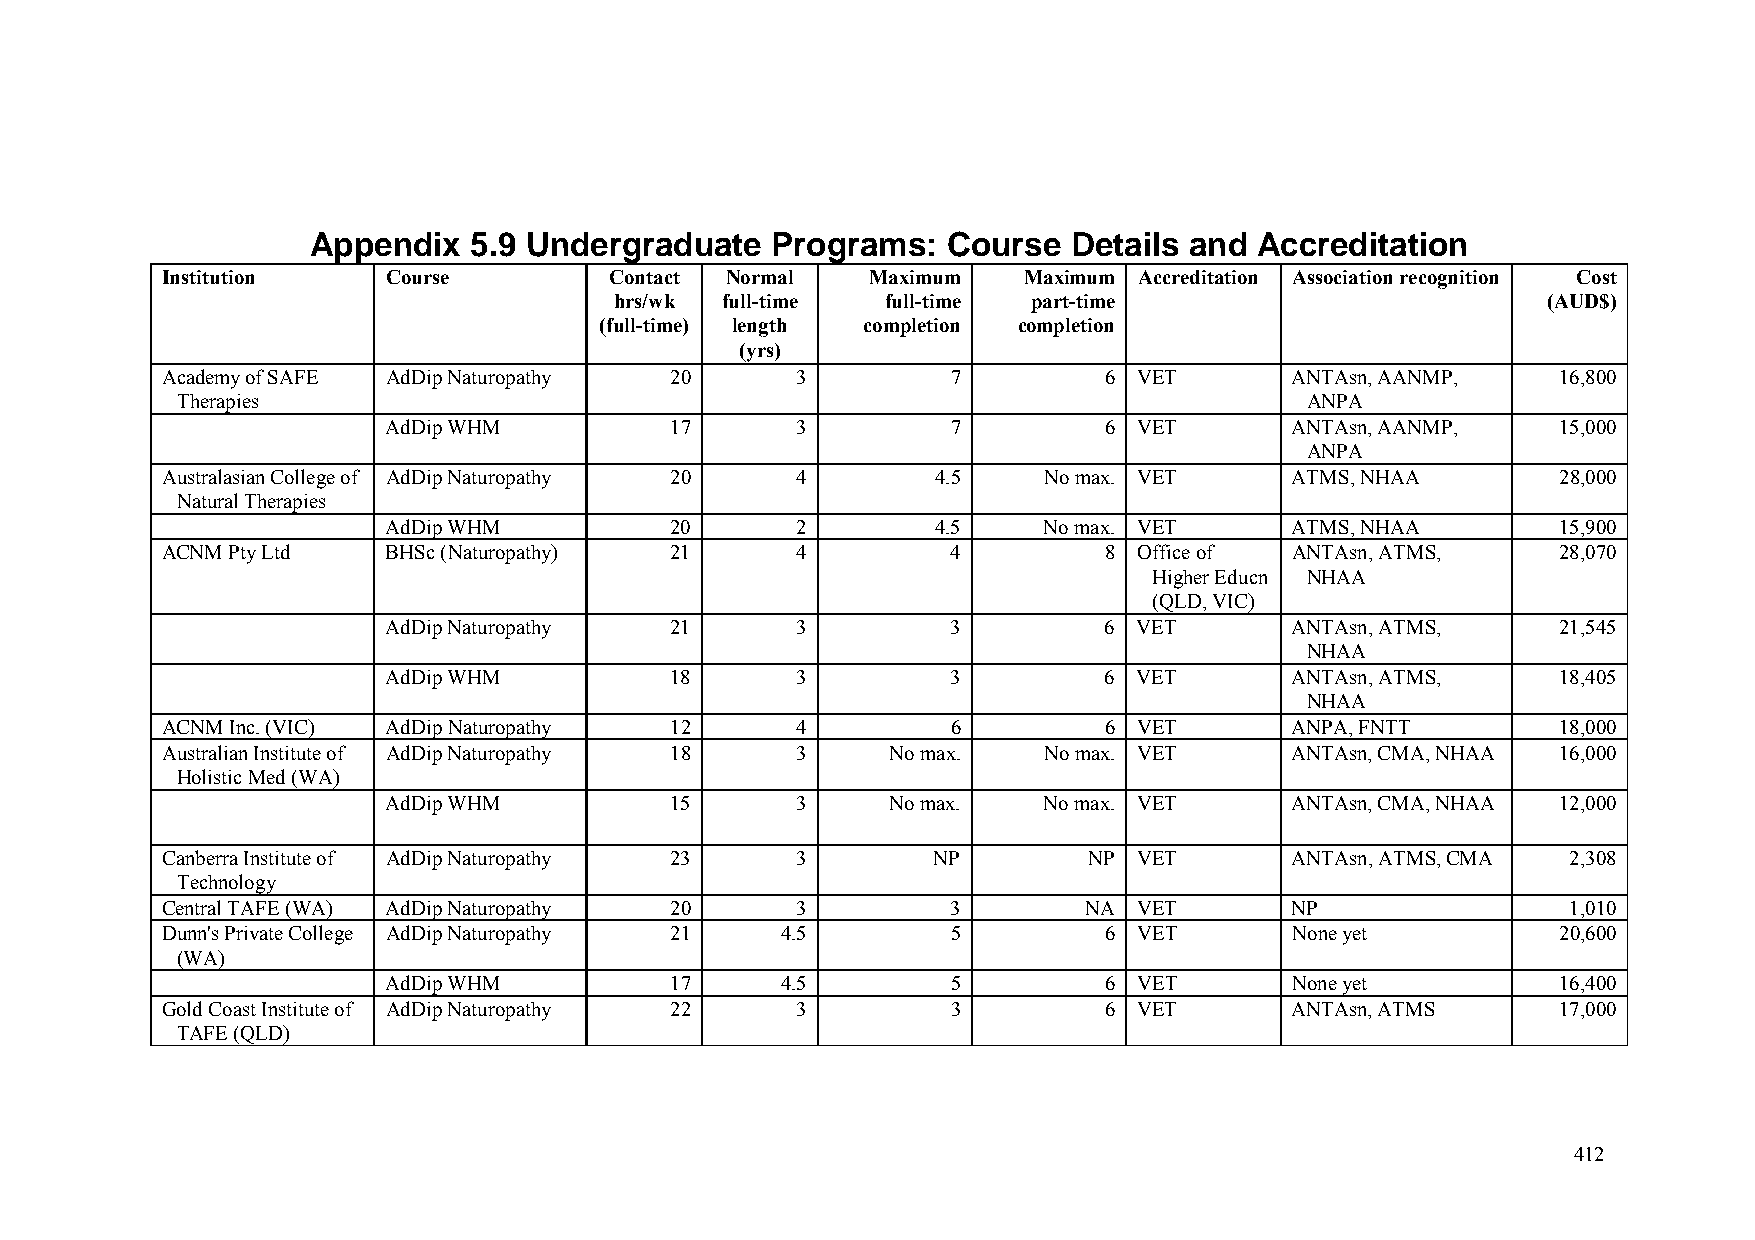
Appendix  5.9 Undergraduate   Programs:   Course  Details and Accreditation
 Institution    Course        Contact Normal    Maximum   Maximum Accreditation Association recognition Cost
 hrs/wk full-time  full-time part-time                        (AUD$)
 (full-time) length completion completion
 (yrs)
 Academy of SAFE AdDip Naturopathy 20      3         7         6 VET       ANTAsn, AANMP,    16,800
 Therapies                                                                 ANPA
 AdDip WHM         17       3         7         6 VET       ANTAsn, AANMP,    15,000
 ANPA
 Australasian College of AdDip Naturopathy 20 4     4.5    No max. VET     ATMS, NHAA        28,000
 Natural Therapies
 AdDip WHM         20       2        4.5    No max. VET     ATMS, NHAA        15,900
 ACNM Pty Ltd   BHSc (Naturopathy) 21      4         4         8 Office of ANTAsn, ATMS,     28,070
 Higher Educn NHAA
 (QLD, VIC)
 AdDip Naturopathy 21       3         3         6 VET       ANTAsn, ATMS,     21,545
 NHAA
 AdDip WHM         18       3         3         6 VET       ANTAsn, ATMS,     18,405
 NHAA
 ACNM Inc. (VIC) AdDip Naturopathy 12      4         6         6 VET       ANPA, FNTT        18,000
 Australian Institute of AdDip Naturopathy 18 3  No max.   No max. VET     ANTAsn, CMA, NHAA 16,000
 Holistic Med (WA)
 AdDip WHM         15       3     No max.   No max. VET     ANTAsn, CMA, NHAA 12,000
 Canberra Institute of AdDip Naturopathy 23 3       NP        NP VET       ANTAsn, ATMS, CMA  2,308
 Technology
 Central TAFE (WA) AdDip Naturopathy 20    3         3        NA VET       NP                 1,010
 Dunn's Private College AdDip Naturopathy 21 4.5     5         6 VET        None yet         20,600
 (WA)
 AdDip WHM         17      4.5        5         6 VET       None yet          16,400
 Gold Coast Institute of AdDip Naturopathy 22 3      3         6 VET       ANTAsn, ATMS      17,000
 TAFE (QLD)
 412